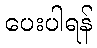
ပေးပါရန်